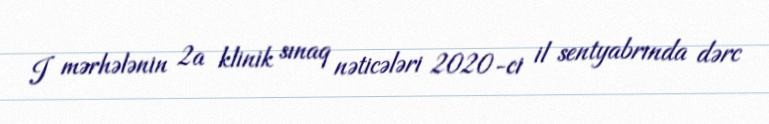
I mərhələnin 2a klinik sınaq nəticələri 2020-ci il sentyabrında dərc